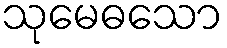
သုမေဓသော